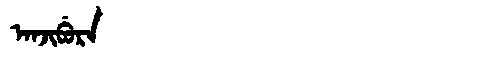
Manchu: ᠠᠨᠵᡳᠪᡠᡵᠠ
Romanization: ANJIBURA